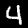
Label: 4